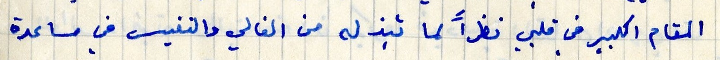
المقام الكبير في قلبي نظراً لما تبذله من الغالي والنفيس في مساعدة